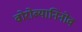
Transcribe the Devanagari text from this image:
वोरोब्यानिनोव